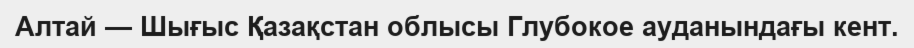
Алтай — Шығыс Қазақстан облысы Глубокое ауданындағы кент.